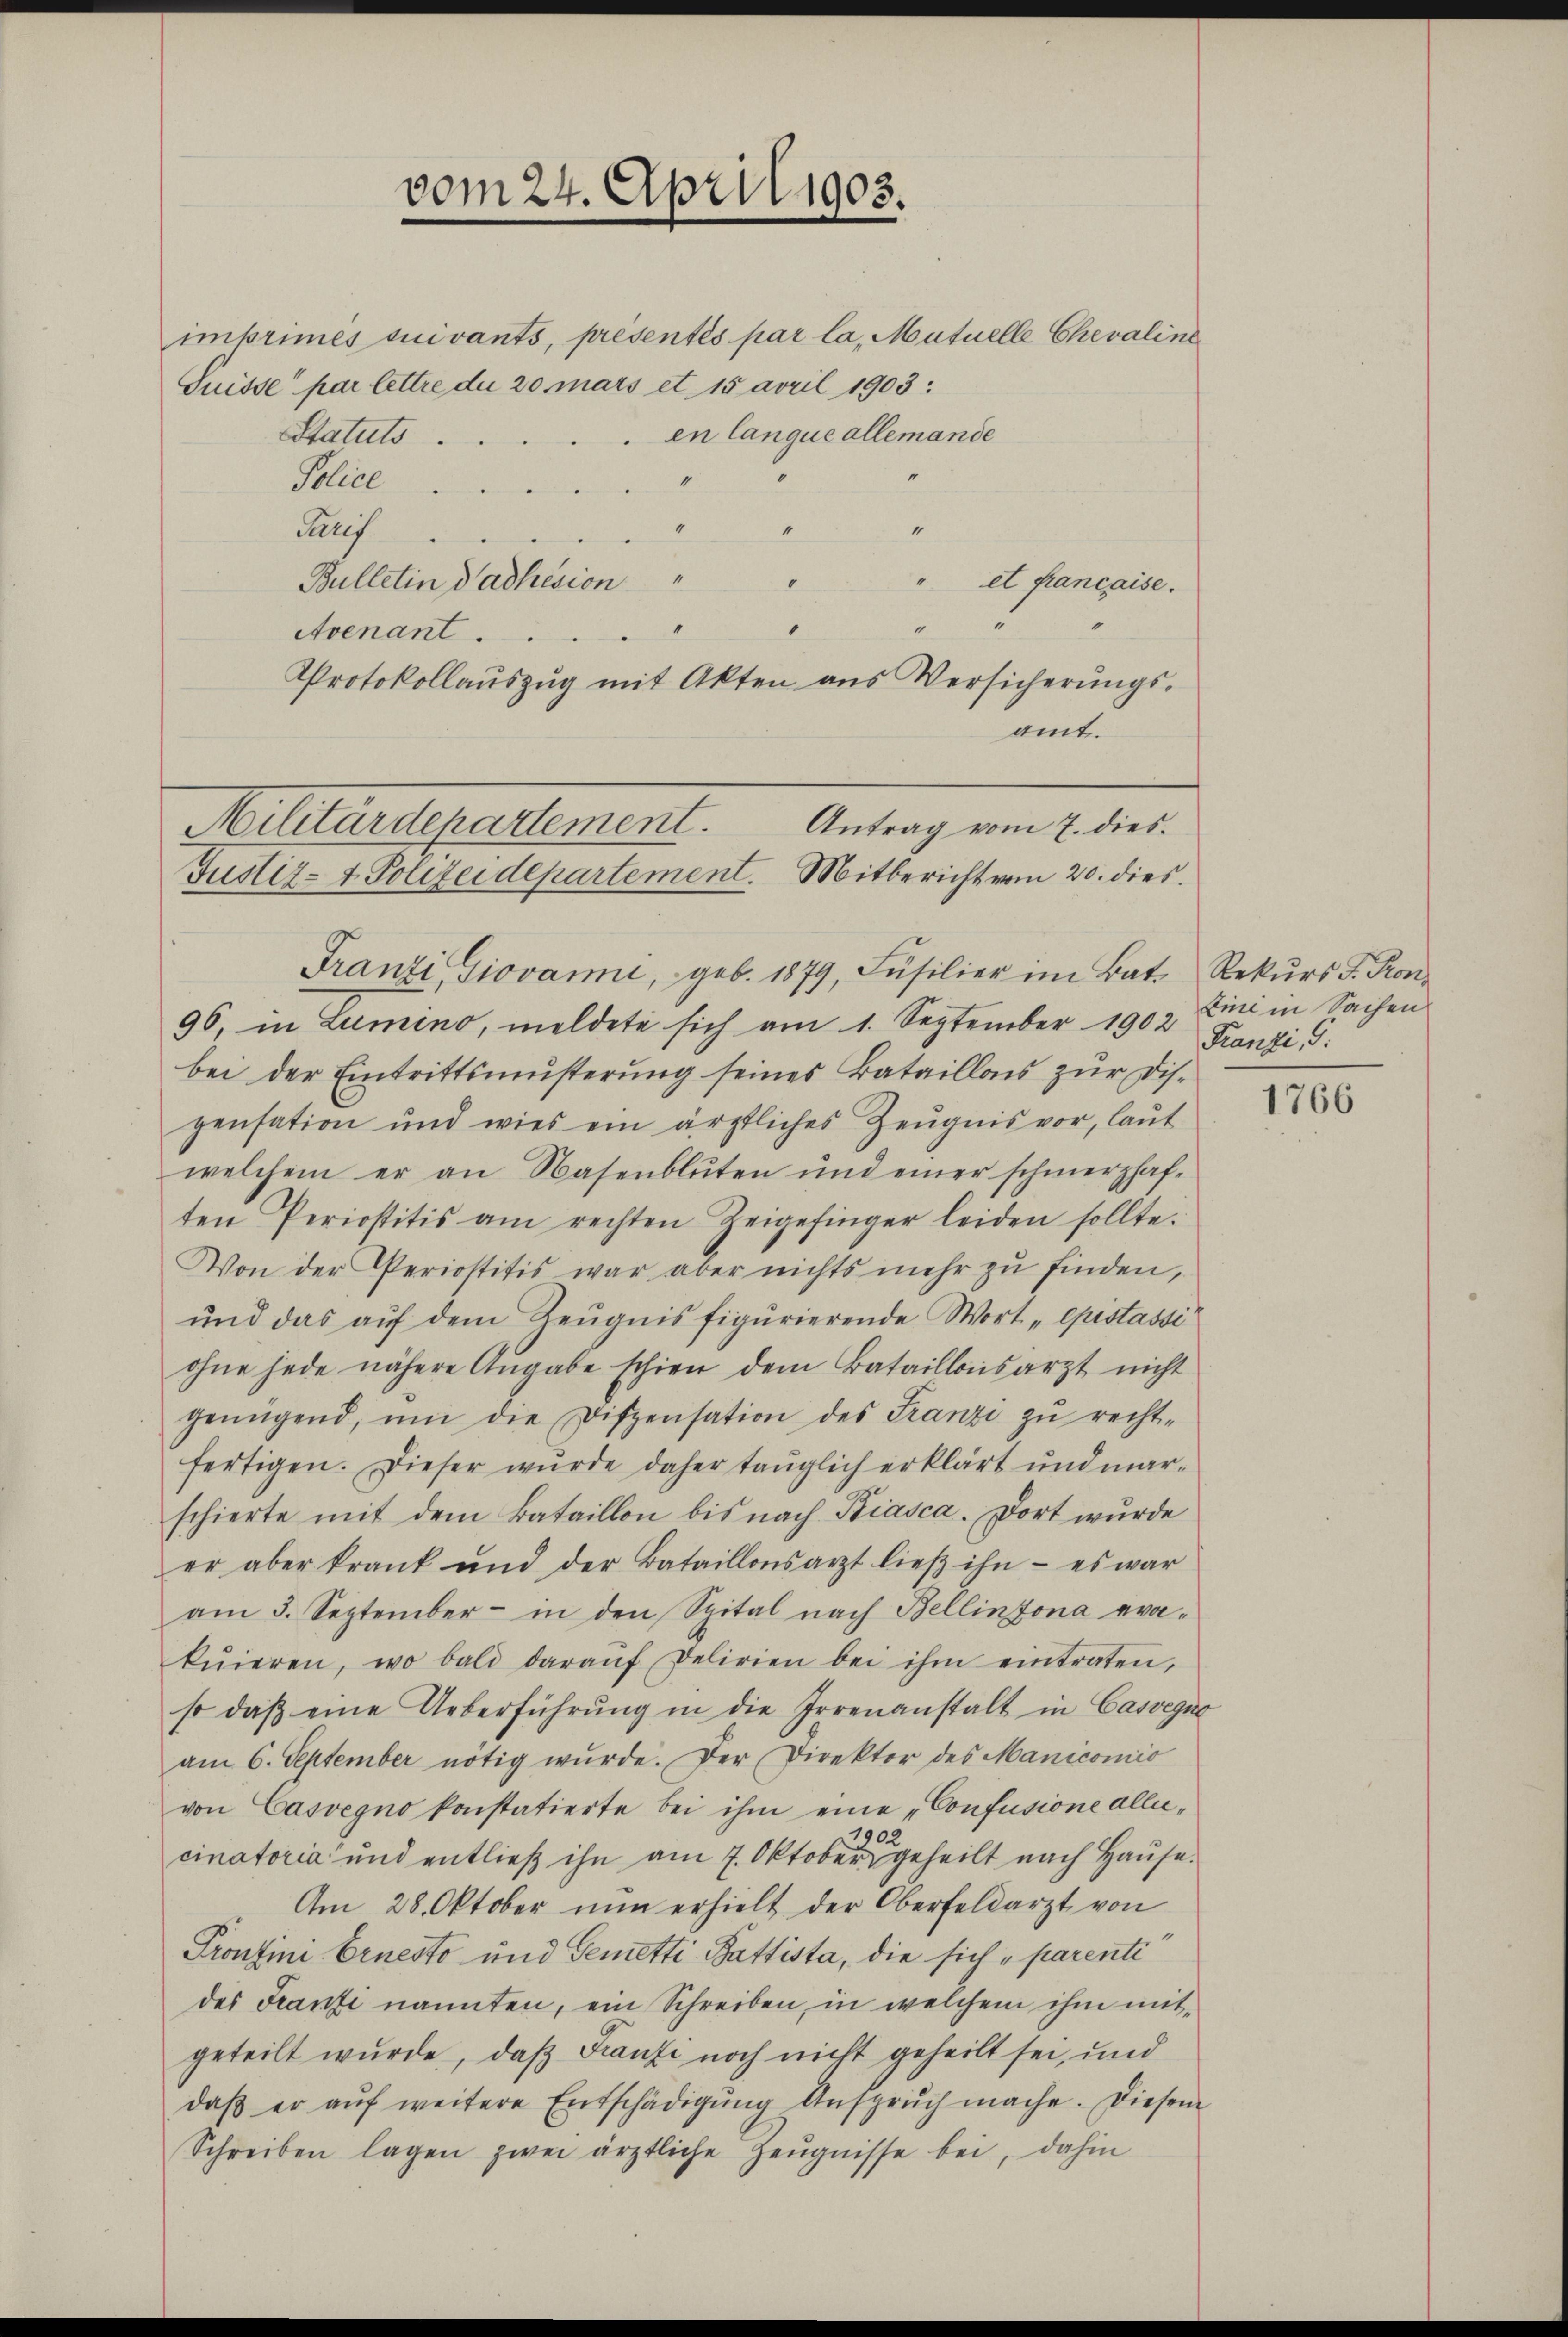
vom 24. April 1903.

imprimés suivants, présentés par la, Mutuelle Chevaline
Suisse par lettre du 20 mars et 15 April 1903:
en Canque allemande
Statuts
0
Police
4
2
4
Paris
2
4
Bulletin dadhesion
1
et francaise.
1
Avenant.
Protokollaŭszŭg mit Akten aus Versicherŭngs-
amt.
Millaudepartement.
Antrag vom 7. dies

96, in Lumino, meldete sich am 1. September 1902 Lini in Sachen
bei der Eintrittsmusterung seines Bataillons zur Dispensation und wies ein ärztliches Zeŭgnis vor, laŭt
welchem er an Nasenblüten und einer schmerzhaf-
ten Periostitis am rechten Zeigefinger leiden sollte.
Von der Periostitis war aber nichts mehr zu finden,
und das auf dem Zeugnis figurierende Wort „Epistassi
ohne jede nähere Angabe schien dem Bataillonsarzt nicht
genügend, um die Dispensation des Franzi zŭ recht-
fertigen. Dieser wurde daher taŭglich erklärt und mar-
schierte mit dem Bataillon bis nach Biasca. Dort wurde
er aber krank und der Bataillonsarzt ließ ihn - es war
am 3. September in den Spital nach Bellinzona eva-
kŭieren, wo bald daraŭf Delirien bei ihm eintraten,
so daβ eine Ueberführŭng in die Irrenanstalt in Cassegno
am 6. September nötig wurde. Der Direktor des Manicomio
von Casvegno konstatierte bei ihm eine „Confusione allei¬
19.
cinatoria und entließ ihn am 7. Oktober geheilt nach Hause.
Am 28. Oktober nun erhielt der Oberfeldarzt von
Prontini Ernesto und Gemetti-Battista, die sich „parenti
des Franti nannten, ein Schreiben, in welchem ihm mitgeteilt wurde, daß Franzi noch nicht geheilt sei, und
daβ er aŭf weitere Entschädigŭng Ansprŭch mache. Diesem
Schreiben lagen zwei ärztliche Zeŭgnisse bei, dahin

Justiz- & Polizeidepartement. Mitbericht vom 20. dies.
Franzi Giovanić, geb. 1879, Füsilier im Bat. Rekŭrs S. Kon-

Franzi, S.

1766